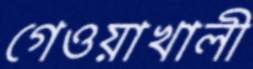
গেওয়াখালী